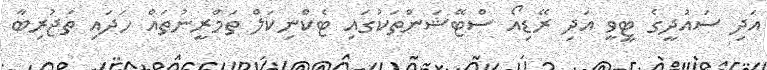
އަދި ސަައުދީގެ ޓީވީ އަދި ރޭޑިއޯ ސްޓޭޝަންތަކުގައި ޓެކްނިކަލް ތަމްރީނުތައް ހަދައި ތަޖުރިބާ